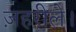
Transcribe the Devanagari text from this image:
ज़हरीले।